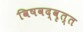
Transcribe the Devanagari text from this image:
विषवद्वृत्त